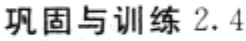
巩固与训练 2.4